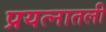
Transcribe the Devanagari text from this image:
प्रयत्नातली